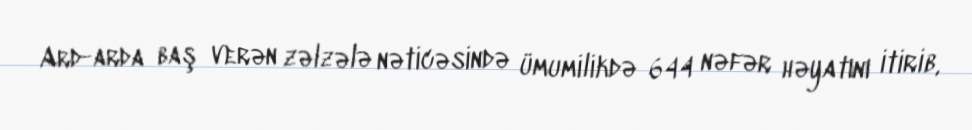
Ard-arda baş verən zəlzələ nəticəsində ümumilikdə 644 nəfər həyatını itirib,